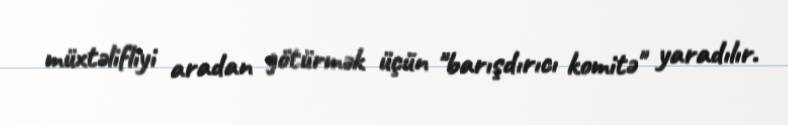
müxtəlifliyi aradan götürmək üçün "barışdırıcı komitə" yaradılır.